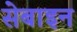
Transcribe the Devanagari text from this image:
सेबाइन